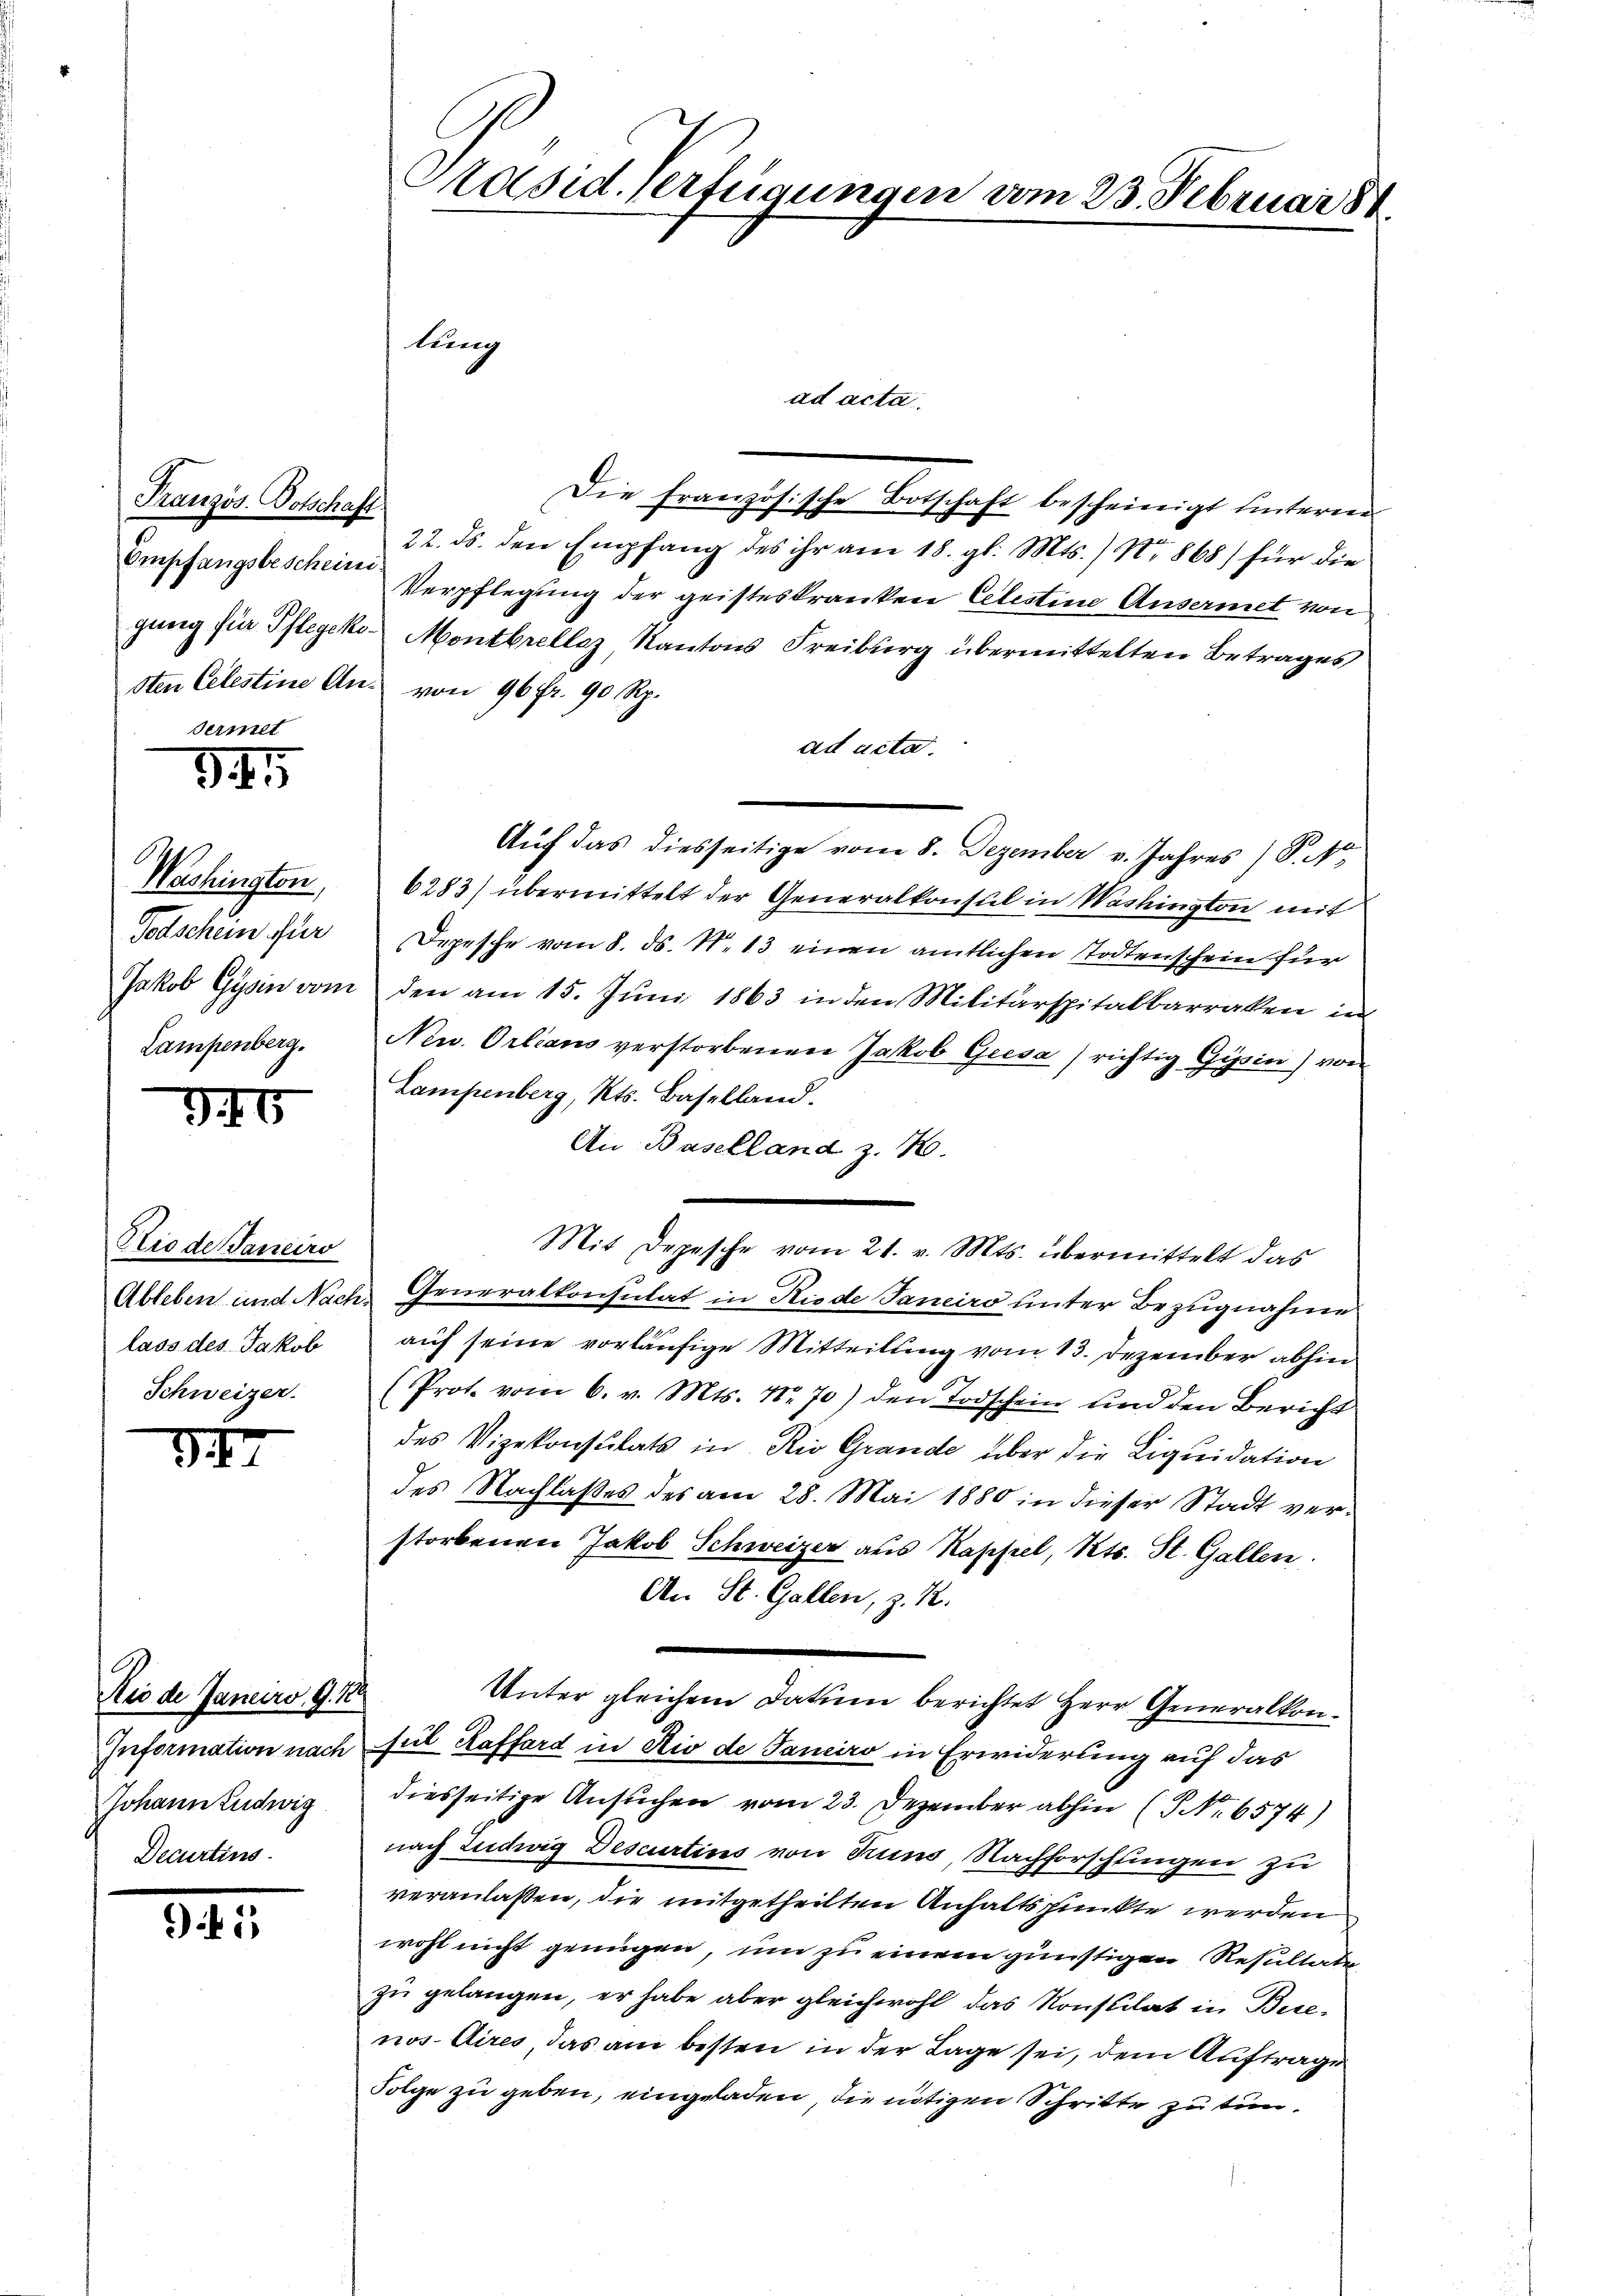
Französ. Botschaft.
Empfangsbescheini

346

3

1

34

Washington
Todschein für
Jakob Gysin vom
Lampenberg.

Elio de Janeiro
lass des Jakob
Schweizer.

Rio de Janur. G. 18
Information nach
Johann Ludwig
Decurtins

Päsid. Verfügungen vom 23. Februar
lung
ad acta.

Die Französische Botschaft bescheinigt unterm
22. ds. den Empfang des ihr am 18. gl. Mts.) No 868) für die
Verpflegung der geisteskranken Celestine Ansermet von
gung für Pflegeko Montbrellaz, Kantons Freiburg übermittelten Betrages
sten Celestine An- von 96 fr. 90 Rp.
ad acta.
6283) übermittelt der Generalkonsul in Washington mit
Depesche vom 8. ds. N. 13 einen amtlichen Todtenschein für
den am 15. Juni 1863 in den Militärspitalbarraten in
New. Orleans verstorbenen Jakob Gresa) richtig Gipsin) von
Lampenberg, Kts. Baselland.
An Baselland z. B.
Ableben und Nach Generalkonsulat in Riede Janeiro unter Bezugnahme
auf seine vorläufige Mitteilung vom 13. Dezember abhin
(Prot. vom 6. v. Mts. Nr. 70) den Todschein und den Bericht
des Vizekonsulats in Rio Grande über die Liquidation
des Nachlaßes des am 28. Mai 1880 in dieser Stadt verstorbenen Jakob Schweizer aus Kappel, Kts. St. Gallen.
An St. Gallen, z. R.
Unter gleichem Datum berichtet Herr Generalkonsul Raffard in Rio de Janeiro in Erwiderung auf das
diesseitige Ansuchen vom 23. Dezember abhin (No. 6574)
nach Ludwig Descurtins von Truns, Nachforschungen zu
veranlaßen, die mitgetheilten Anhaltspunkte werden
wohl nicht genügen, um zu einem günstigen Resultate
zu gelangen, er habe aber gleichwohl das Konsulat in Bie-
nos Aires, das am besten in der Lage sei, dem Auftrage
Folge zu geben, eingeladen, die nötigen Schritte zu tun.

Mit Depesche vom 21. v. Mts. übermittelt das

Auf das diesseitige vom 8. Dezember v. Jahres) S. Nr.